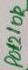
Text: Pot210R